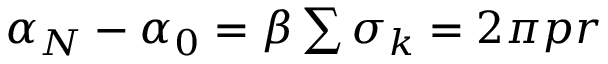
\begin{array} { r } { \alpha _ { N } - \alpha _ { 0 } = \beta \sum \sigma _ { k } = 2 \pi p r } \end{array}